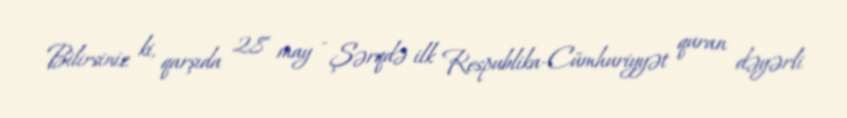
Bilirsiniz ki, qarşıda 28 may - Şərqdə ilk Respublika-Cümhuriyyət quran dəyərli